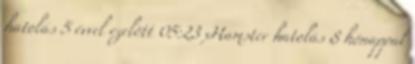
hatolás 5 évvel ezelőtt 05:23 xHamster hatolás 8 hónappal